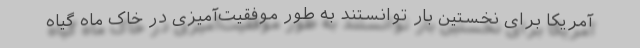
آمریکا برای نخستین بار توانستند به طور موفقیت‌آمیزی در خاک ماه گیاه